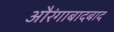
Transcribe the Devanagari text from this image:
औरंगाबादबाद